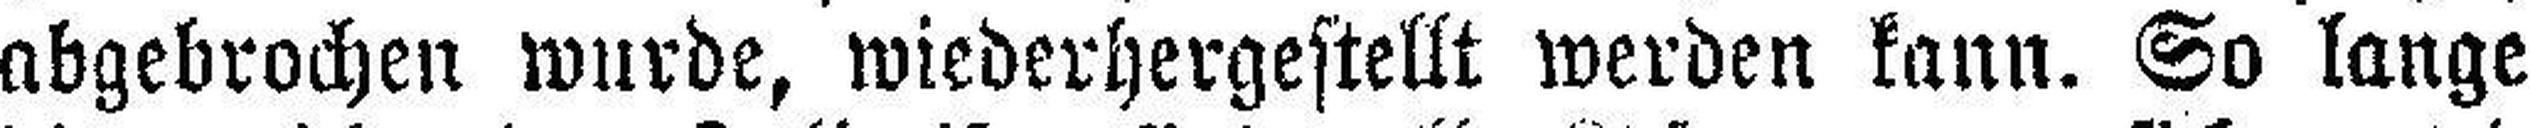
abgebrochen wurde, wiederhergestellt werden kann. So lange